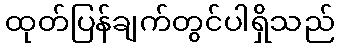
ထုတ်ပြန်ချက်တွင်ပါရှိသည်